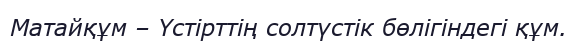
Матайқұм – Үстірттің солтүстік бөлігіндегі құм.